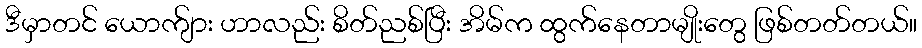
ဒီမှာတင် ယောက်ျား ဟာလည်း စိတ်ညစ်ပြီး အိမ်က ထွက်နေတာမျိုးတွေ ဖြစ်တတ်တယ်။